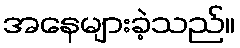
အနေများခဲ့သည်။